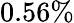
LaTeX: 0.56\%